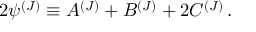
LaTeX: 2 { \psi } ^ { ( J ) } \equiv { \cal { A } } ^ { ( J ) } + { \cal { B } } ^ { ( J ) } + 2 { \cal { C } } ^ { ( J ) } \, .